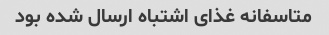
متاسفانه غذای اشتباه ارسال شده بود